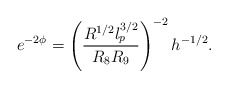
\begin{align*}e^{- 2 \phi} = \left( \frac{R^{1/2} l_p^{3/2}}{R_8 R_9} \right)^{-2} h^{-1/2} .\end{align*}